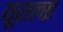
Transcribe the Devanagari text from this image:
यूराल्स